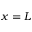
x = L